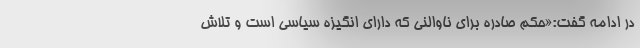
در ادامه گفت:«حکم صادره برای ناوالنی که دارای انگیزه سیاسی است و تلاش